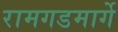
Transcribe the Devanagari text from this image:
रामगडमार्गे